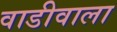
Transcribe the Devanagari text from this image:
वाडीवाला